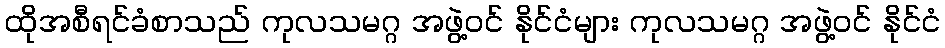
ထိုအစီရင်ခံစာသည် ကုလသမဂ္ဂ အဖွဲ့ဝင် နိုင်ငံများ ကုလသမဂ္ဂ အဖွဲ့ဝင် နိုင်ငံ